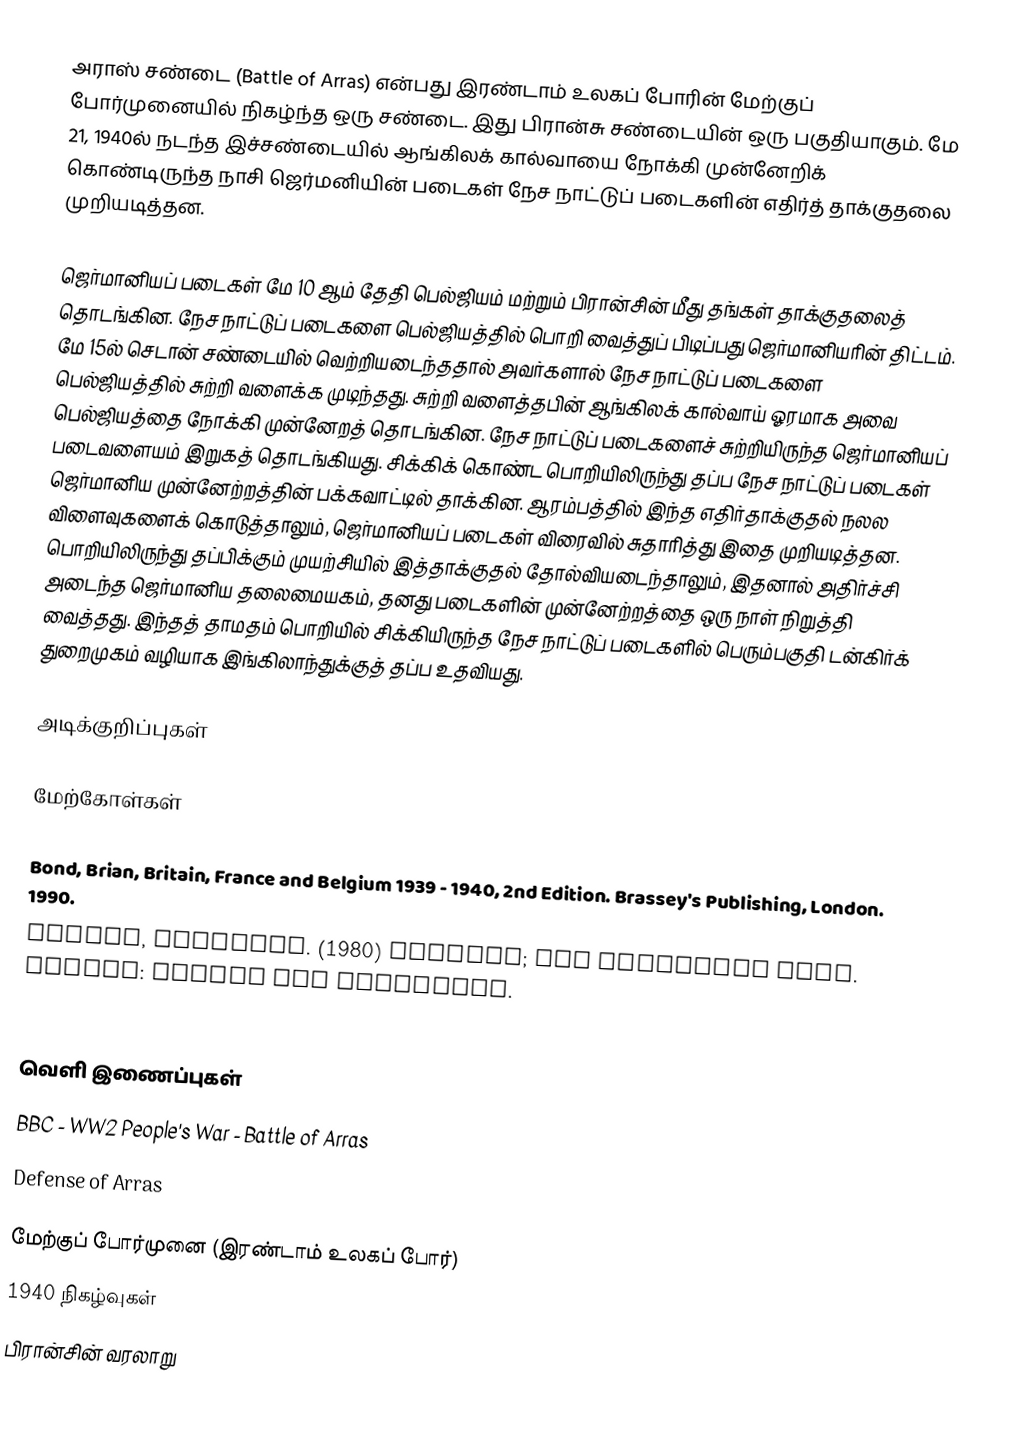
அராஸ் சண்டை (Battle of Arras) என்பது இரண்டாம் உலகப் போரின் மேற்குப் போர்முனையில் நிகழ்ந்த ஒரு சண்டை. இது பிரான்சு சண்டையின் ஒரு பகுதியாகும். மே 21, 1940ல் நடந்த இச்சண்டையில் ஆங்கிலக் கால்வாயை நோக்கி முன்னேறிக் கொண்டிருந்த நாசி ஜெர்மனியின் படைகள் நேச நாட்டுப் படைகளின் எதிர்த் தாக்குதலை முறியடித்தன.

ஜெர்மானியப் படைகள் மே 10 ஆம் தேதி பெல்ஜியம் மற்றும் பிரான்சின் மீது தங்கள் தாக்குதலைத் தொடங்கின. நேச நாட்டுப் படைகளை பெல்ஜியத்தில் பொறி வைத்துப் பிடிப்பது ஜெர்மானியரின் திட்டம். மே 15ல் செடான் சண்டையில் வெற்றியடைந்ததால் அவர்களால் நேச நாட்டுப் படைகளை பெல்ஜியத்தில் சுற்றி வளைக்க முடிந்தது. சுற்றி வளைத்தபின் ஆங்கிலக் கால்வாய் ஓரமாக அவை பெல்ஜியத்தை நோக்கி முன்னேறத் தொடங்கின. நேச நாட்டுப் படைகளைச் சுற்றியிருந்த ஜெர்மானியப் படைவளையம் இறுகத் தொடங்கியது. சிக்கிக் கொண்ட பொறியிலிருந்து தப்ப நேச நாட்டுப் படைகள் ஜெர்மானிய முன்னேற்றத்தின் பக்கவாட்டில் தாக்கின. ஆரம்பத்தில் இந்த எதிர்தாக்குதல் நலல விளைவுகளைக் கொடுத்தாலும், ஜெர்மானியப் படைகள் விரைவில் சுதாரித்து இதை முறியடித்தன. பொறியிலிருந்து தப்பிக்கும் முயற்சியில் இத்தாக்குதல் தோல்வியடைந்தாலும், இதனால் அதிர்ச்சி அடைந்த ஜெர்மானிய தலைமையகம், தனது படைகளின் முன்னேற்றத்தை ஒரு நாள் நிறுத்தி வைத்தது. இந்தத் தாமதம் பொறியில் சிக்கியிருந்த நேச நாட்டுப் படைகளில் பெரும்பகுதி டன்கிர்க் துறைமுகம் வழியாக இங்கிலாந்துக்குத் தப்ப உதவியது.

அடிக்குறிப்புகள்

மேற்கோள்கள்

 Bond, Brian, Britain, France and Belgium 1939 - 1940, 2nd Edition. Brassey's Publishing, London. 1990.
 Harman, Nicholas. (1980) Dunkirk; the necessary myth. London: Hodder and Stoughton.
 Taylor, A.J.P. and Mayer, S.L., eds. A History Of World War Two. London: Octopus Books, 1974. .

வெளி இணைப்புகள்
 BBC - WW2 People's War - Battle of Arras
 Defense of Arras

மேற்குப் போர்முனை (இரண்டாம் உலகப் போர்)
1940 நிகழ்வுகள்
பிரான்சின் வரலாறு